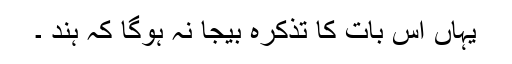
یہاں اس بات کا تذکرہ بیجا نہ ہوگا کہ ہند ۔